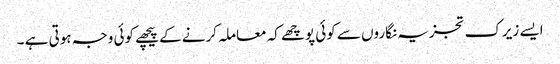
ایسے زیرک تجزیہ نگاروں سے کوئی پوچھے کہ معاملہ کرنے کے پیچھے کوئی وجہ ہوتی ہے ۔